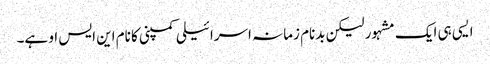
ایسی ہی ایک مشہور لیکن بدنام زمانہ اسرائیلی کمپنی کا نام این ایس او ہے۔